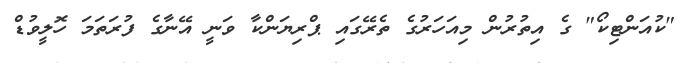
"ކުއަންޓިކޯ" ގެ އިތުރުން މިއަހަރުގެ ތެރޭގައި ޕްރިޔަންކާ ވަނީ އޭނާގެ ފުރަތަމަ ހޮލީވުޑް